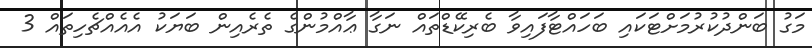
މަގު ބަންދުކުރުމަށްޓަކައި ބަހައްޓާފައިވާ ބެރިކޭޑްތައް ނަގާ ޢާއްމުންގެ ތެރެއިން ބަޔަކު އެއެއްޗެހިތައް 3